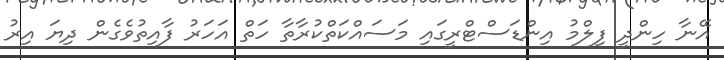
އޭނާ ހިންދީ ފިލްމު އިންޑަސްޓްރީގައި މަސައްކަތްކުރާތާ ހަތް އަހަރު ފާއިތުވެގެން ދިޔަ އިރު